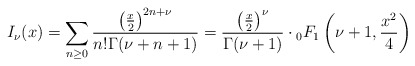
\begin{align*}I_{\nu}(x)=\sum_{n\geq0}\frac{{\left(\frac{x}{2}\right)}^{2n+\nu}}{n!\Gamma(\nu+n+1)}=\frac{\left(\frac{x}{2}\right)^{\nu}}{\Gamma(\nu+1)}\cdot{}_0F_1\left(\nu+1,\frac{x^2}{4}\right)\end{align*}